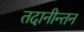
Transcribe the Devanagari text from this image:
तदानीन्तन